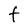
Character: t